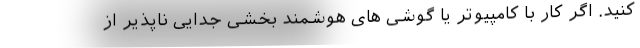
کنید. اگر کار با کامپیوتر یا گوشی های هوشمند بخشی جدایی ناپذیر از